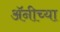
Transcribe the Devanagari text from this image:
अॅनीच्या